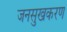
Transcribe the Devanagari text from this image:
जनसुखकरण